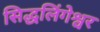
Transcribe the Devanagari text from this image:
सिद्धलिंगेश्वर